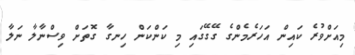
މިއަށްވުރެ ކައިން އަހަރެމެންގެ ގޭގޭގައި މި ކަންކަން ހިނގާ ގޮތަށް ވިސްނާލާ ނަލާ